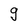
Character: g